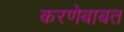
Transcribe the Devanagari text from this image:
करणेबाबत